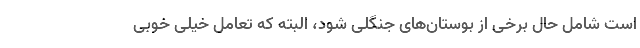
است شامل حال برخی از بوستان‌های جنگلی شود، البته که تعامل خیلی خوبی